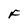
Character: F